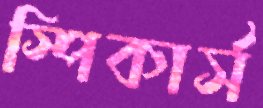
স্পিকার্স